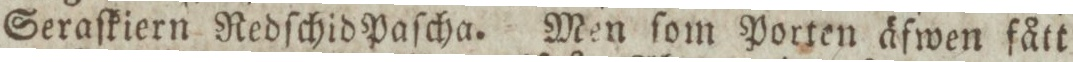
Seraſkiern Redſchid Paſcha. Men ſom Porten äfwen fått